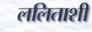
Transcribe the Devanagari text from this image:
ललिताशी